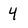
Character: 4